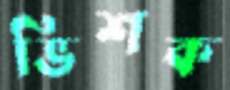
ভিশক